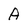
Character: A